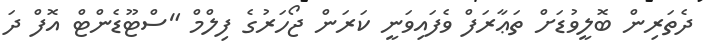
ދެތަރިން ބޮލީވުޑަށް ތަޢާރަފް ވެފައިވަނީ ކަރަން ޖޯހަރުގެ ފިލްމް "ސްޓޫޑެންޓް އޮފް ދަ